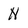
Character: N